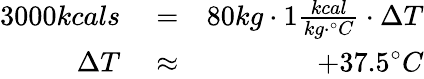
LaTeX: \begin{array}{rlr}{3000kcals}&{{}=}&{80kg\cdot 1\frac{kcal}{kg\cdot^{\circ}C}\cdot\Delta T}\\ {\Delta T}&{{}\approx}&{+37.5^{\circ}C}\end{array}